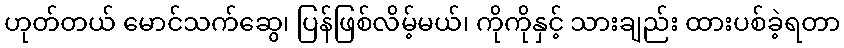
ဟုတ်တယ် မောင်သက်ဆွေ၊ ပြန်ဖြစ်လိမ့်မယ်၊ ကိုကိုနှင့် သားချည်း ထားပစ်ခဲ့ရတာ